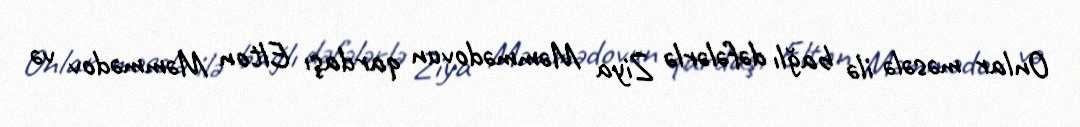
Onlar məsələ ilə bağlı dəfələrlə Ziya Məmmədovun qardaşı Elton Məmmədov və